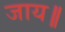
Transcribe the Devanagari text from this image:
जाय॥